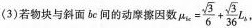
(3)若物块与斜面 bc 间的动摩擦因数 $$ μ _ { b c } \frac {\sqrt { 3 } } { 6 } + \frac { \sqrt { 3 } } { 3 6 } L _{ b } $$ ，